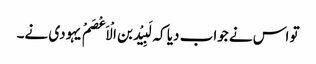
تو اس نے جواب دیا کہ لَبِیْد بن الْاَعْصَمْ یہودی نے۔